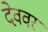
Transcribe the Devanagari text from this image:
देववर